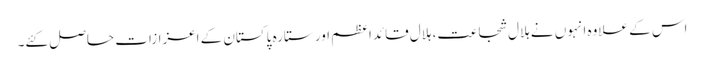
اس کے علاوہ انہوں نے ہلال شجاعت، ہلال قائداعظم اور ستارہ پاکستان کے اعزازات حاصل کئے۔